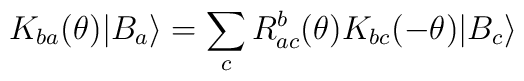
K_{ba}(\theta )|B_{a}\rangle =\sum _{c}R^{b}_{ac}(\theta )K_{bc}(-\theta )|B_{c}\rangle